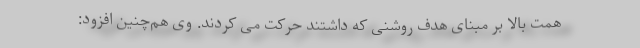
همت بالا بر مبنای هدف روشنی که داشتند حرکت می کردند. وی هم‌چنین افزود: